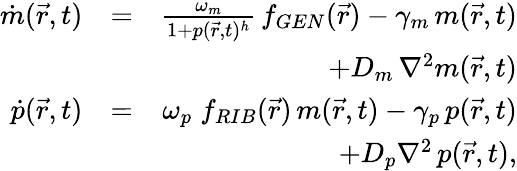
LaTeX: \begin{array}{rlr}{\dot{m}(\vec{r},t)}&{=}&{\frac{\omega_{m}}{1+p(\vec{r},t)^{h}}\, f_{GEN}(\vec{r})-\gamma_{m}\, m(\vec{r},t)}\\ &{}&{+D_{m}\, \nabla^{2}m(\vec{r},t)}\\ {\dot{p}(\vec{r},t)}&{=}&{\omega_{p}\; f_{RIB}(\vec{r})\, m(\vec{r},t)-\gamma_{p}\, p(\vec{r},t)}\\ &{}&{+D_{p}\nabla^{2}\, p(\vec{r},t),}\end{array}